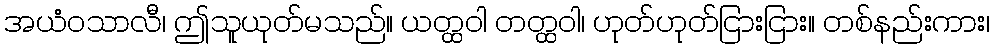
အယံဝသာလီ၊ ဤသူယုတ်မသည်။ ယတ္ထဝါ တတ္ထဝါ၊ ဟုတ်ဟုတ်ငြားငြား။ တစ်နည်းကား၊